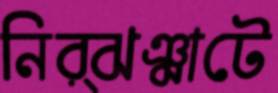
নির্ঝঞ্ঝাটে